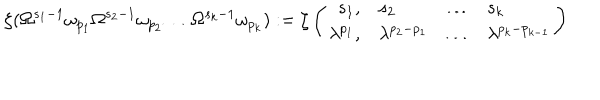
\zeta ( \Omega ^ { s _ { 1 } - 1 } \omega _ { p _ { 1 } } \Omega ^ { s _ { 2 } - 1 } \omega _ { p _ { 2 } } \ldots \Omega ^ { s _ { k } - 1 } \omega _ { p _ { k } } ) : = \zeta \left( \begin{array} { r l c l } { { s _ { 1 } , } } & { { s _ { 2 } } } & { { \ldots } } & { { s _ { k } } } \\ { { \lambda ^ { p _ { 1 } } , } } & { { \lambda ^ { p _ { 2 } - p _ { 1 } } } } & { { \ldots } } & { { \lambda ^ { p _ { k } - p _ { k - 1 } } } } \\ \end{array} \right)